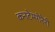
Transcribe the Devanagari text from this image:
कनटेम्पोरेरी